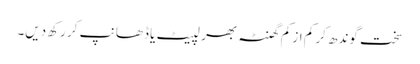
سخت گوندھ کر کم از کم گھنٹہ بھر لپیٹ یا ڈھانپ کر رکھ دیں۔